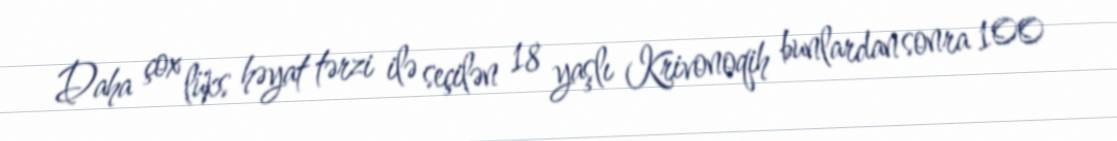
Daha çox lüks həyat tərzi ilə seçilən 18 yaşlı Krivonoqih bunlardan sonra 100